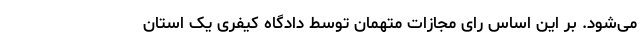
می‌شود. بر این اساس رای مجازات متهمان توسط دادگاه کیفری یک استان